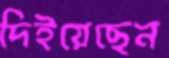
দিইয়েছেন